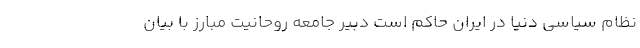
نظام سیاسی دنیا در ایران حاکم است دبیر جامعه روحانیت مبارز با بیان